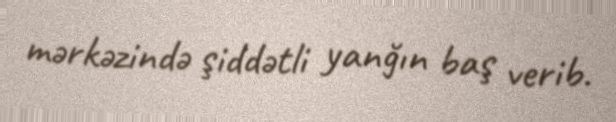
mərkəzində şiddətli yanğın baş verib.